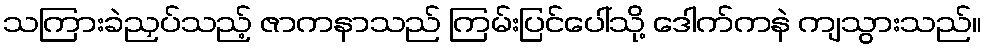
သကြားခဲညှပ်သည့် ဇာကနာသည် ကြမ်းပြင်ပေါ်သို့ ဒေါက်ကနဲ ကျသွားသည်။